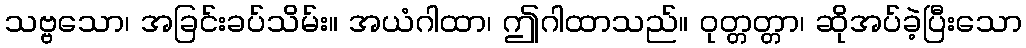
သဗ္ဗသော၊ အခြင်းခပ်သိမ်း။ အယံဂါထာ၊ ဤဂါထာသည်။ ဝုတ္တတ္တာ၊ ဆိုအပ်ခဲ့ပြီးသော